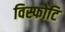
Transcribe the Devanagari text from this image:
विस्फोटि